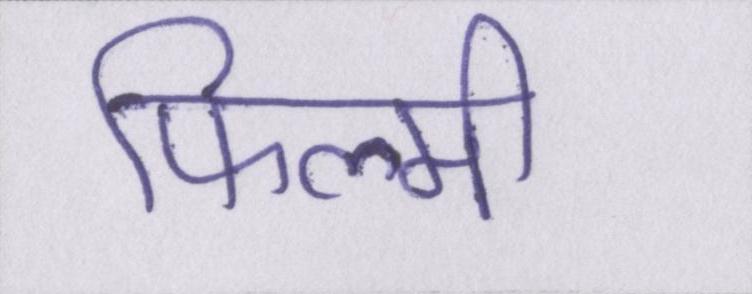
फिल्मी